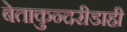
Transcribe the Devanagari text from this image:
बेताकुन्दरीडाही